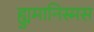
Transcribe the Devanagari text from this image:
ह्युमानिस्मस